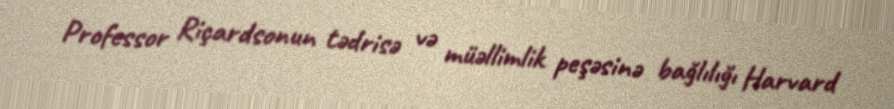
Professor Riçardsonun tədrisə və müəllimlik peşəsinə bağlılığı Harvard